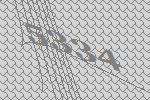
5334